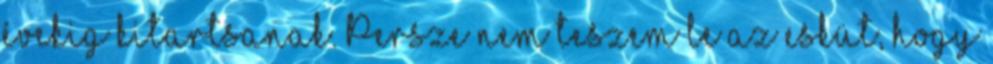
évekig kitartsanak. Persze nem teszem le az esküt, hogy